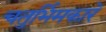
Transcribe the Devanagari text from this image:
चतुर्भिमकारे